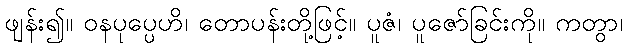
ဖျန်း၍။ ဝနပုပ္ပေဟိ၊ တောပန်းတို့ဖြင့်။ ပူဇံ၊ ပူဇော်ခြင်းကို။ ကတွာ၊